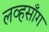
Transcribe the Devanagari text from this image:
लव्हसाँग